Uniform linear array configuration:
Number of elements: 12
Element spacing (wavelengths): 0.75
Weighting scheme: hann
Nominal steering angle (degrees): -45
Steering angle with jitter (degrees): -45.503
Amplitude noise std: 0.05
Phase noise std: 0.05

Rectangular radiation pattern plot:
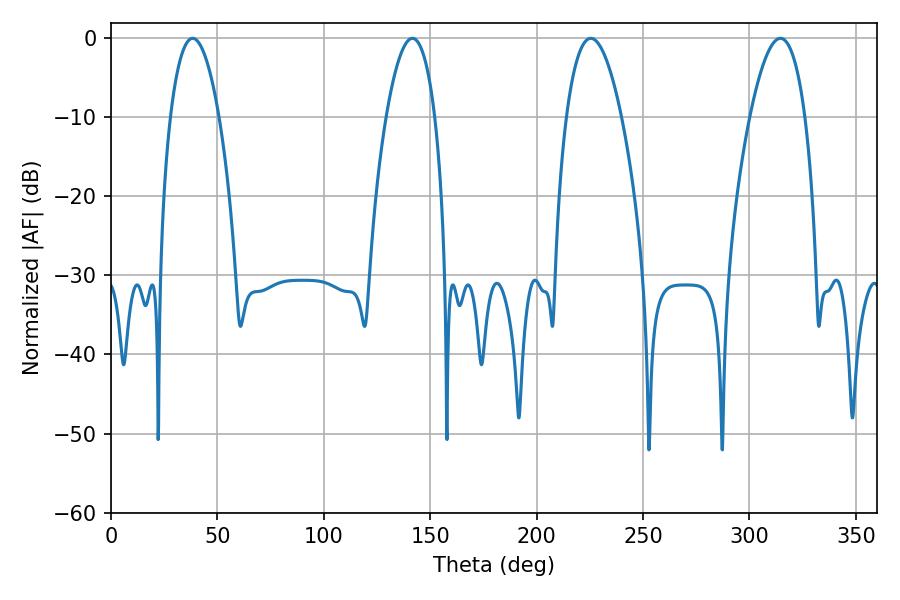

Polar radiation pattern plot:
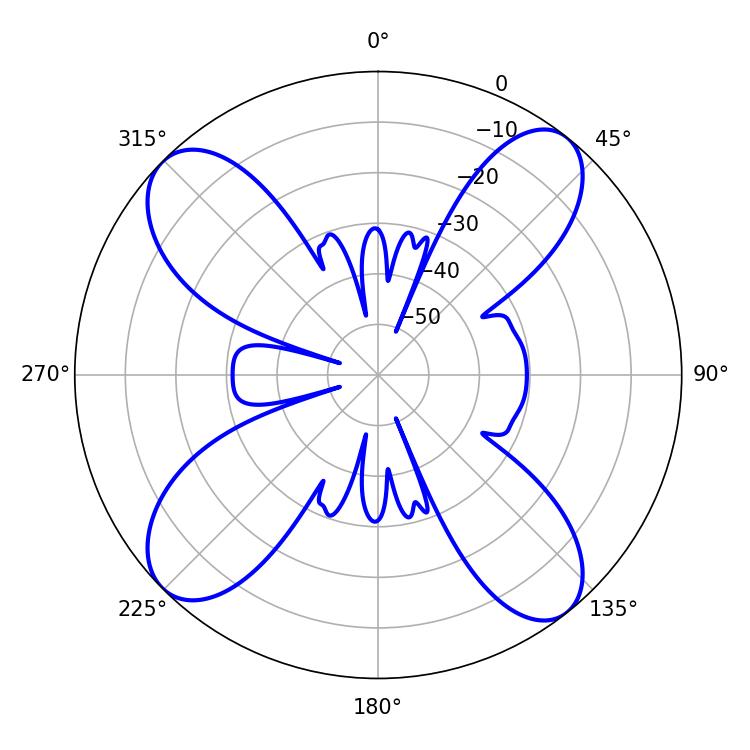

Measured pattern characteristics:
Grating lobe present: TRUE
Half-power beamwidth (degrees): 12.78
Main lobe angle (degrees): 38.34